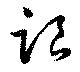
跟